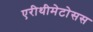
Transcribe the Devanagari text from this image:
एरीथीमेटोसस